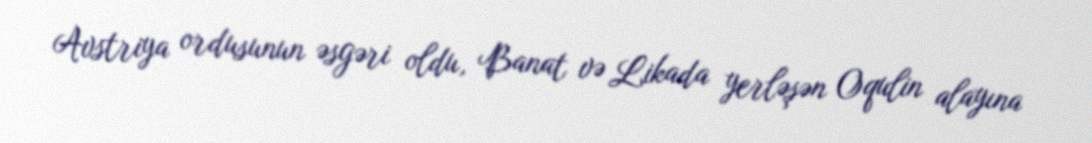
Avstriya ordusunun əsgəri oldu, Banat və Likada yerləşən Oqulin alayına